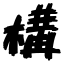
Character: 構